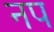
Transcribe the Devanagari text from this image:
नप